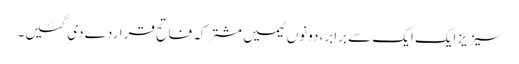
سیزیزایک ایک سے برابر، دونوں ٹیمیں مشترکہ فاتح قراردے دی گئیں۔